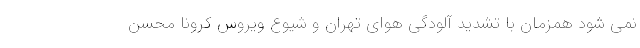
نمی شود همزمان با تشدید آلودگی هوای تهران و شیوع ویروس کرونا محسن